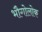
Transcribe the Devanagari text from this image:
भौगोलोक